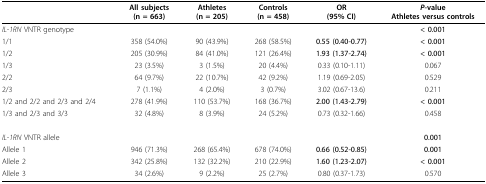
<table><thead><tr><td></td><td><b>All subjects(n = 663)</b></td><td><b>Athletes(n = 205)</b></td><td><b>Controls(n = 458)</b></td><td><b>OR(95% CI)</b></td><td><b><i>P</i>-valueAthletes versus controls</b></td></tr></thead><tbody><tr><td><i>IL-1RN </i>VNTR genotype</td><td></td><td></td><td></td><td></td><td><b>&lt; 0.001</b></td></tr><tr><td>1/1</td><td>358 (54.0%)</td><td>90 (43.9%)</td><td>268 (58.5%)</td><td><b>0.55 (0.40-0.77)</b></td><td><b>&lt; 0.001</b></td></tr><tr><td>1/2</td><td>205 (30.9%)</td><td>84 (41.0%)</td><td>121 (26.4%)</td><td><b>1.93 (1.37-2.74)</b></td><td><b>&lt; 0.001</b></td></tr><tr><td>1/3</td><td>23 (3.5%)</td><td>3 (1.5%)</td><td>20 (4.4%)</td><td>0.33 (0.10-1.11)</td><td>0.067</td></tr><tr><td>2/2</td><td>64 (9.7%)</td><td>22 (10.7%)</td><td>42 (9.2%)</td><td>1.19 (0.69-2.05)</td><td>0.529</td></tr><tr><td>2/3</td><td>7 (1.1%)</td><td>4 (2.0%)</td><td>3 (0.7%)</td><td>3.02 (0.67-13.6)</td><td>0.211</td></tr><tr><td>1/2 and 2/2 and 2/3 and 2/4</td><td>278 (41.9%)</td><td>110 (53.7%)</td><td>168 (36.7%)</td><td><b>2.00 (1.43-2.79)</b></td><td><b>&lt; 0.001</b></td></tr><tr><td>1/3 and 2/3 and 3/3</td><td>32 (4.8%)</td><td>8 (3.9%)</td><td>24 (5.2%)</td><td>0.73 (0.32-1.66)</td><td>0.458</td></tr><tr><td><i>IL-1RN </i>VNTR allele</td><td></td><td></td><td></td><td></td><td><b>0.001</b></td></tr><tr><td>Allele 1</td><td>946 (71.3%)</td><td>268 (65.4%)</td><td>678 (74.0%)</td><td><b>0.66 (0.52-0.85)</b></td><td><b>0.001</b></td></tr><tr><td>Allele 2</td><td>342 (25.8%)</td><td>132 (32.2%)</td><td>210 (22.9%)</td><td><b>1.60 (1.23-2.07)</b></td><td><b>&lt; 0.001</b></td></tr><tr><td>Allele 3</td><td>34 (2.6%)</td><td>9 (2.2%)</td><td>25 (2.7%)</td><td>0.80 (0.37-1.73)</td><td>0.570</td></tr></tbody></table>